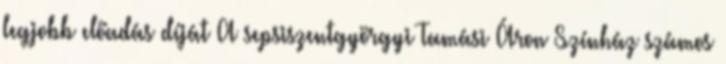
legjobb előadás díját A sepsiszentgyörgyi Tamási Áron Színház számos